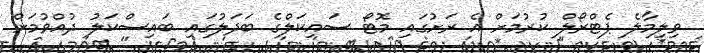
ވިލިމާލެ ޕެޓްރޯލް ކުރުމަށް އެ ރަށުގައި މޮޓޯ ސައިކަލްގެ ބަދަލުގައި ބައިސްކަލު ދުއްވުމަށް